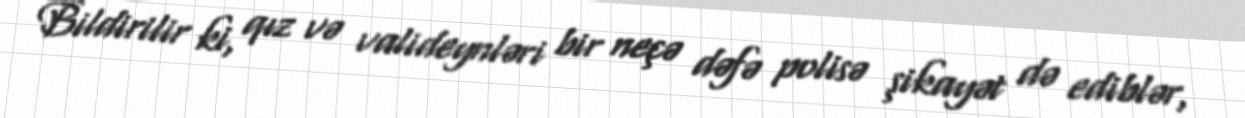
Bildirilir ki, qız və valideynləri bir neçə dəfə polisə şikayət də ediblər,